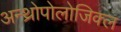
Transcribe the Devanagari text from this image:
अन्थ्रोपोलोजिक्ल